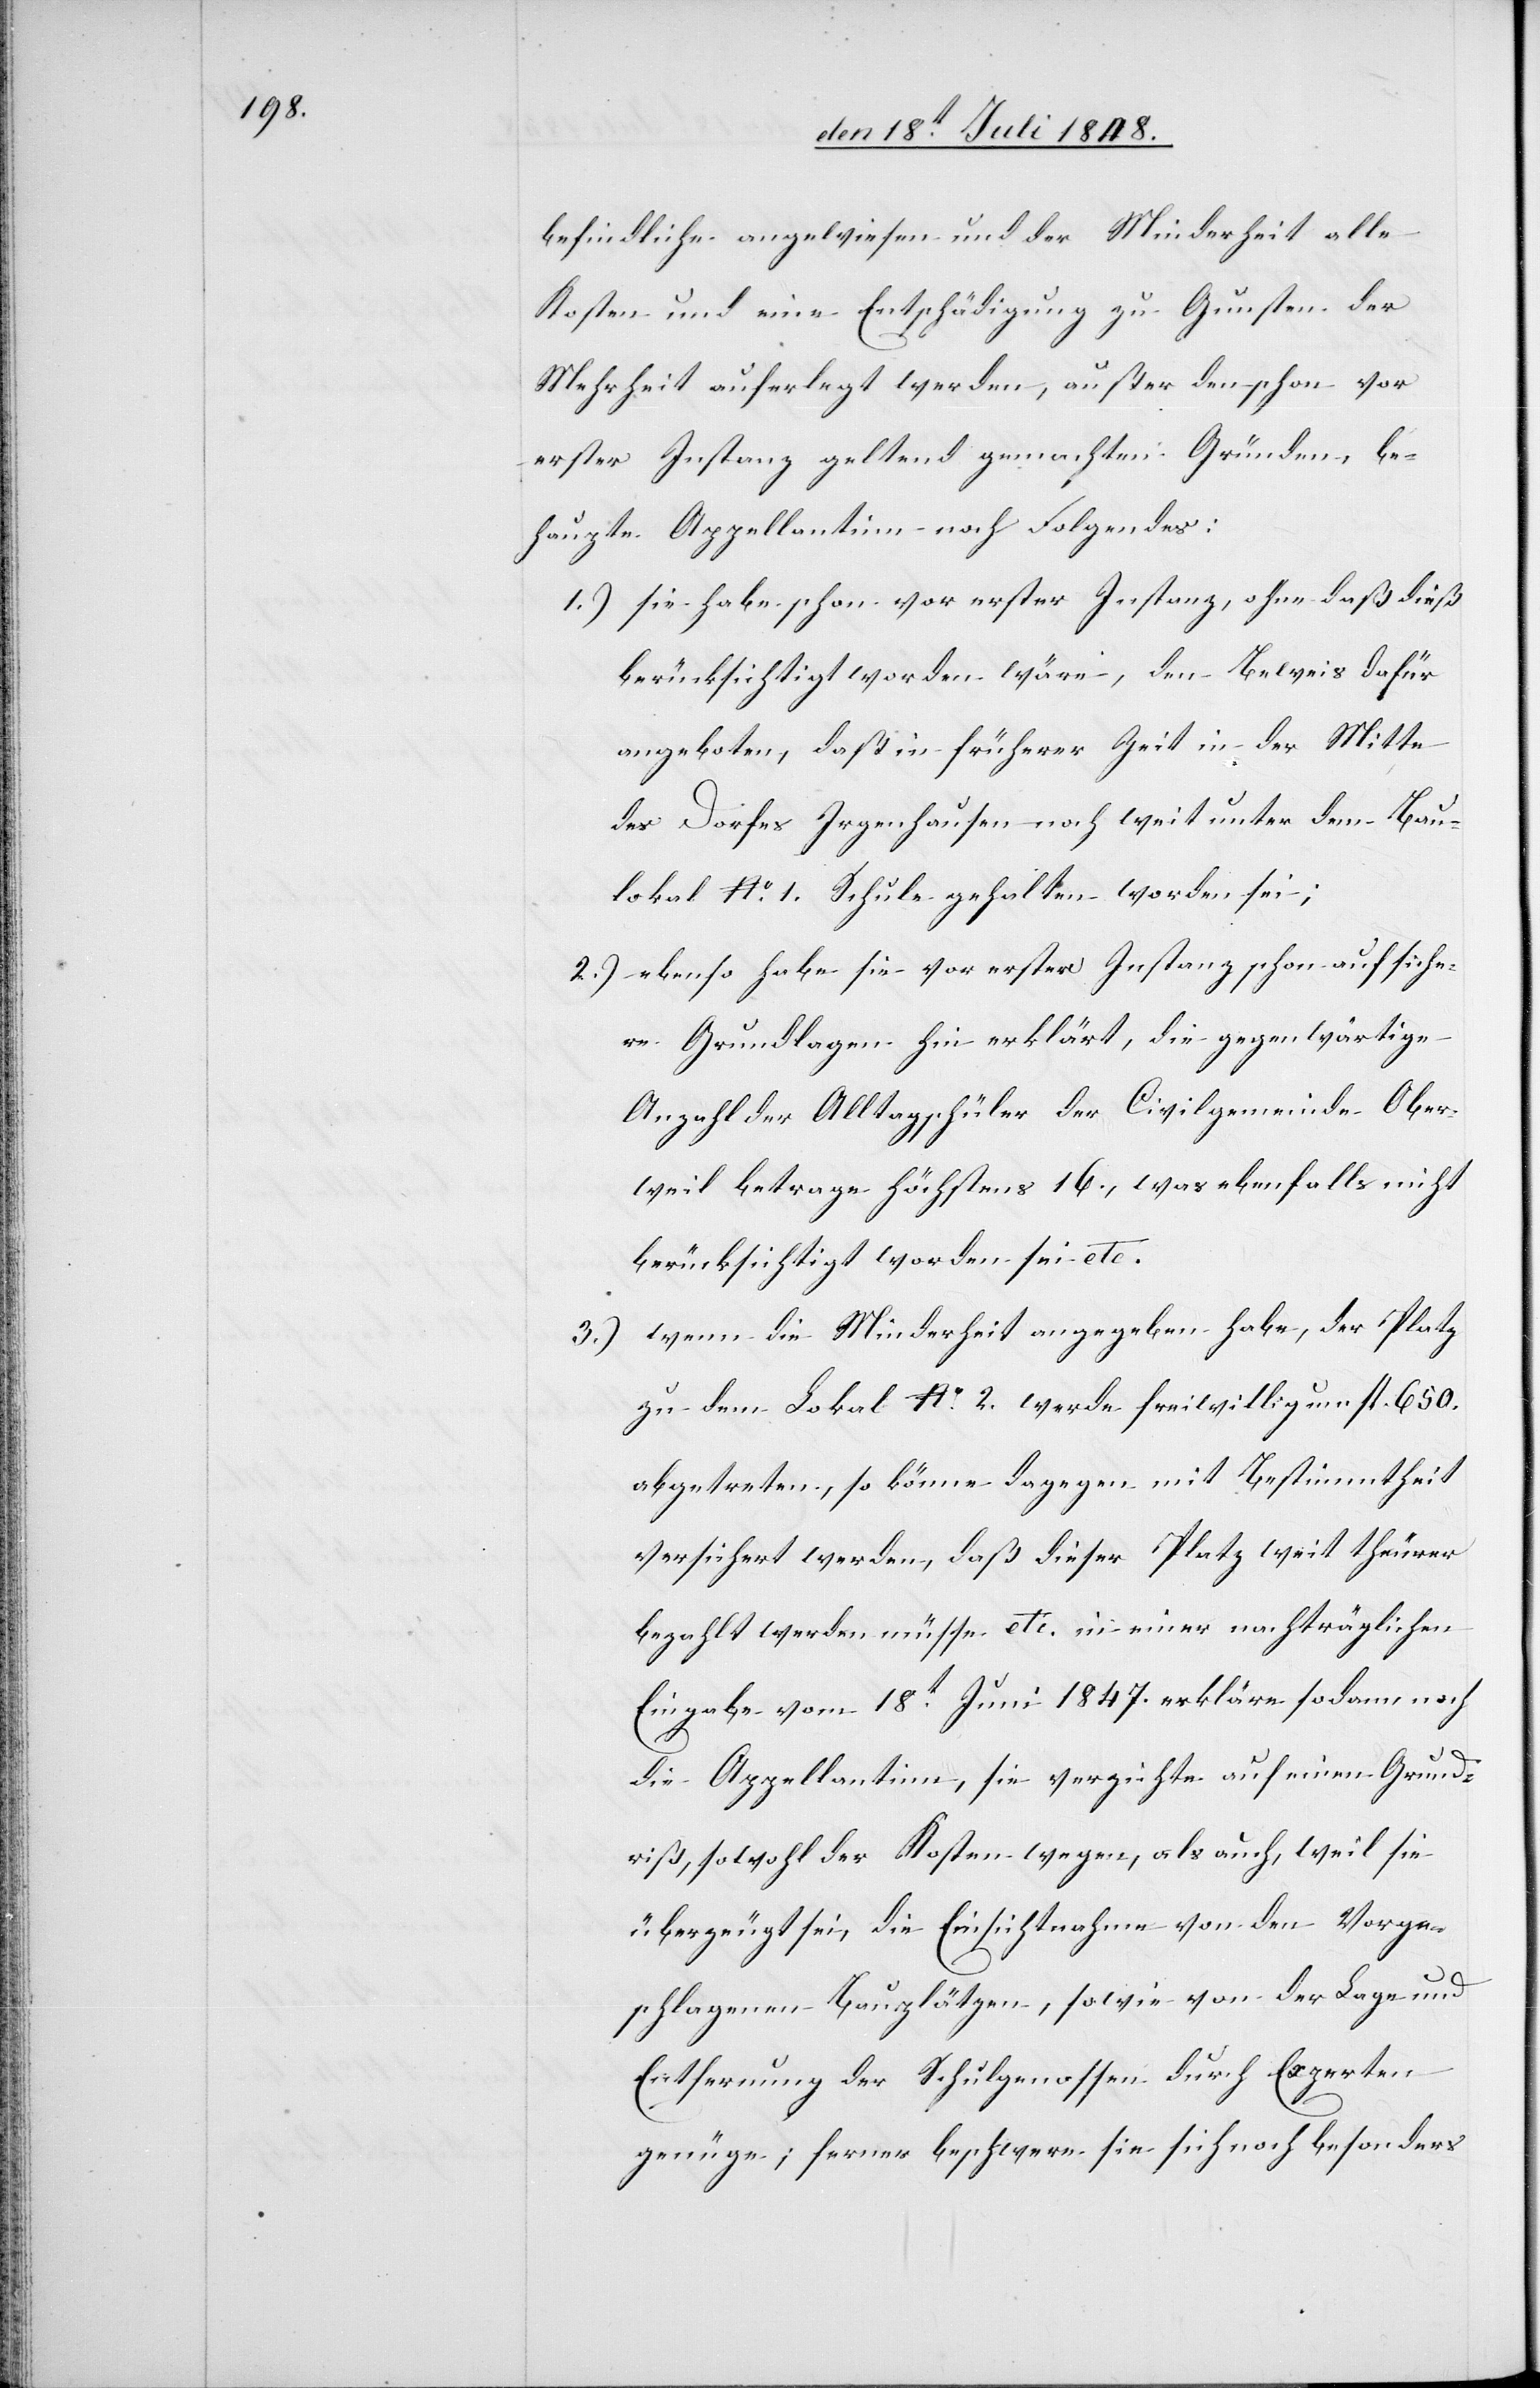
befindliche angewiesen und der Minderheit alle
Kosten und eine Entschädigung zu Gunsten der
Mehrheit auferlegt werden, außer den schon vor
erster Instanz geltend gemachten Gründen, be¬
haupte Appellantinn noch Folgendes
1.) sie haben schon vor erster Instanz, ohne daß dieß
berücksichtigt worden wäre, den Beweis dafür
angeboten, daß in früherer Zeit in der Mitte
des Dorfes Irgenhausen noch weit unter dem Bau¬
lokal No 1. Schule gehalten worden sei;
2.) ebenso habe sie vor erster Instanz schon auf siche¬
re Grundlagen hin erklärt, die gegenwärtige
Anzahl der Alltagschüler der Civilgemeinde Ober¬
weil betrage höchstens 16., was ebenfalls nicht
berücksichtigt worden sei etc.
3.) wenn die Minderheit angegeben habe, der Platz
zu dem Lokal No 2. werde freiwillig um fl. 650.
abgetreten, so könne dagegen mit Bestimmtheit
versichert werden, daß dieser Platz weit theurer
bezahlt werden müsse etc. in einer nachträglichen
Eingabe vom 18t Juni 1847. erkläre sodann noch
die Appellantinn, sie verzichte auf einen Grund¬
riß, sowohl der Kosten wegen, als auch, weil sie
überzeugt sei, die Einsichtnahme von den Vorge¬
schlagenen Bauplätzen, sowie von der Lage und
Entfernung der Schulgenossen durch Experten
genüge; ferner beschwere sie sich noch besonders